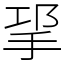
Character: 㧭